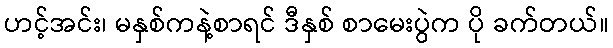
ဟင့်အင်း၊ မနှစ်ကနဲ့စာရင် ဒီနှစ် စာမေးပွဲက ပို ခက်တယ်။